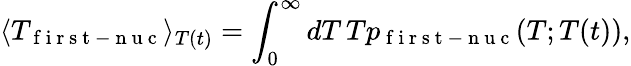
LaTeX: \langle T_{\mathrm{~f~i~r~s~t~-~n~u~c~}}\rangle_{T(t)}=\int_{0}^{\infty}dT\, Tp_{\mathrm{~f~i~r~s~t~-~n~u~c~}}(T;T(t)),